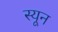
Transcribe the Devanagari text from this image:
स्यून